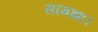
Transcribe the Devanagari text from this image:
सामझा।